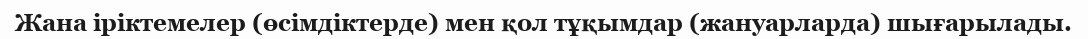
Жана іріктемелер (өсімдіктерде) мен қол тұқымдар (жануарларда) шығарылады.